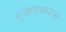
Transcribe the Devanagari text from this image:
सुखदभावना